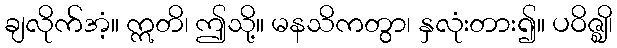
ချလိုက်အံ့။ ဣတိ၊ ဤသို့။ မနသိကတွာ၊ နှလုံးတား၍။ ပဝိဇ္ဈိ၊